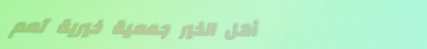
أهل الخير جمعية خيرية تعم